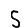
Digit: 5